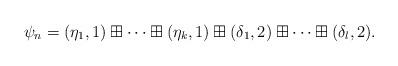
LaTeX: \begin{align*}\psi_n=(\eta_1,1)\boxplus\cdots\boxplus(\eta_k,1)\boxplus(\delta_1,2)\boxplus\cdots\boxplus(\delta_l,2).\end{align*}